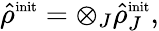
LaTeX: \hat{\rho}^{\mathrm{\scriptsize{init}}}=\otimes_{J}\hat{\rho}_{J}^{\mathrm{\scriptsize{init}}},